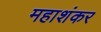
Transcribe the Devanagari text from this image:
महाशंकर